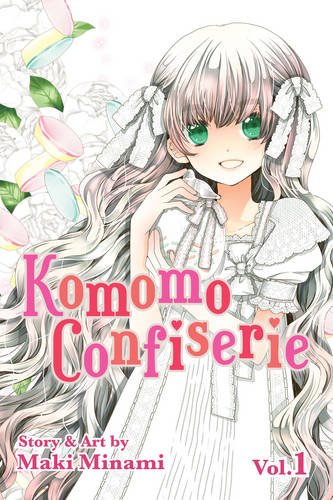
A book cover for Komomo Confiserie, Vol. 1; Maki Minami; Comics & Graphic Novels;